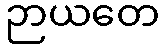
ဉာယတေ